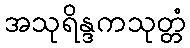
အသုရိန္ဒကသုတ္တံ